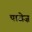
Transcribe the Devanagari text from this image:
पाजेज़